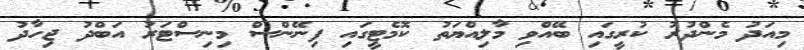
މިއަދު މެންދުރު ކުރީގައި ބޭއްވި މާލިއްޔަތު ކޮމެޓީގައި ފިނޭންސް މިނިސްޓަރު އަބްދު ޖިހާދު